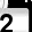
Digit: 2